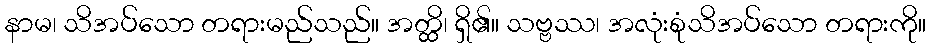
နာမ၊ သိအပ်သော တရားမည်သည်။ အတ္ထိ၊ ရှိ၏။ သဗ္ဗဿ၊ အလုံးစုံသိအပ်သော တရားကို။